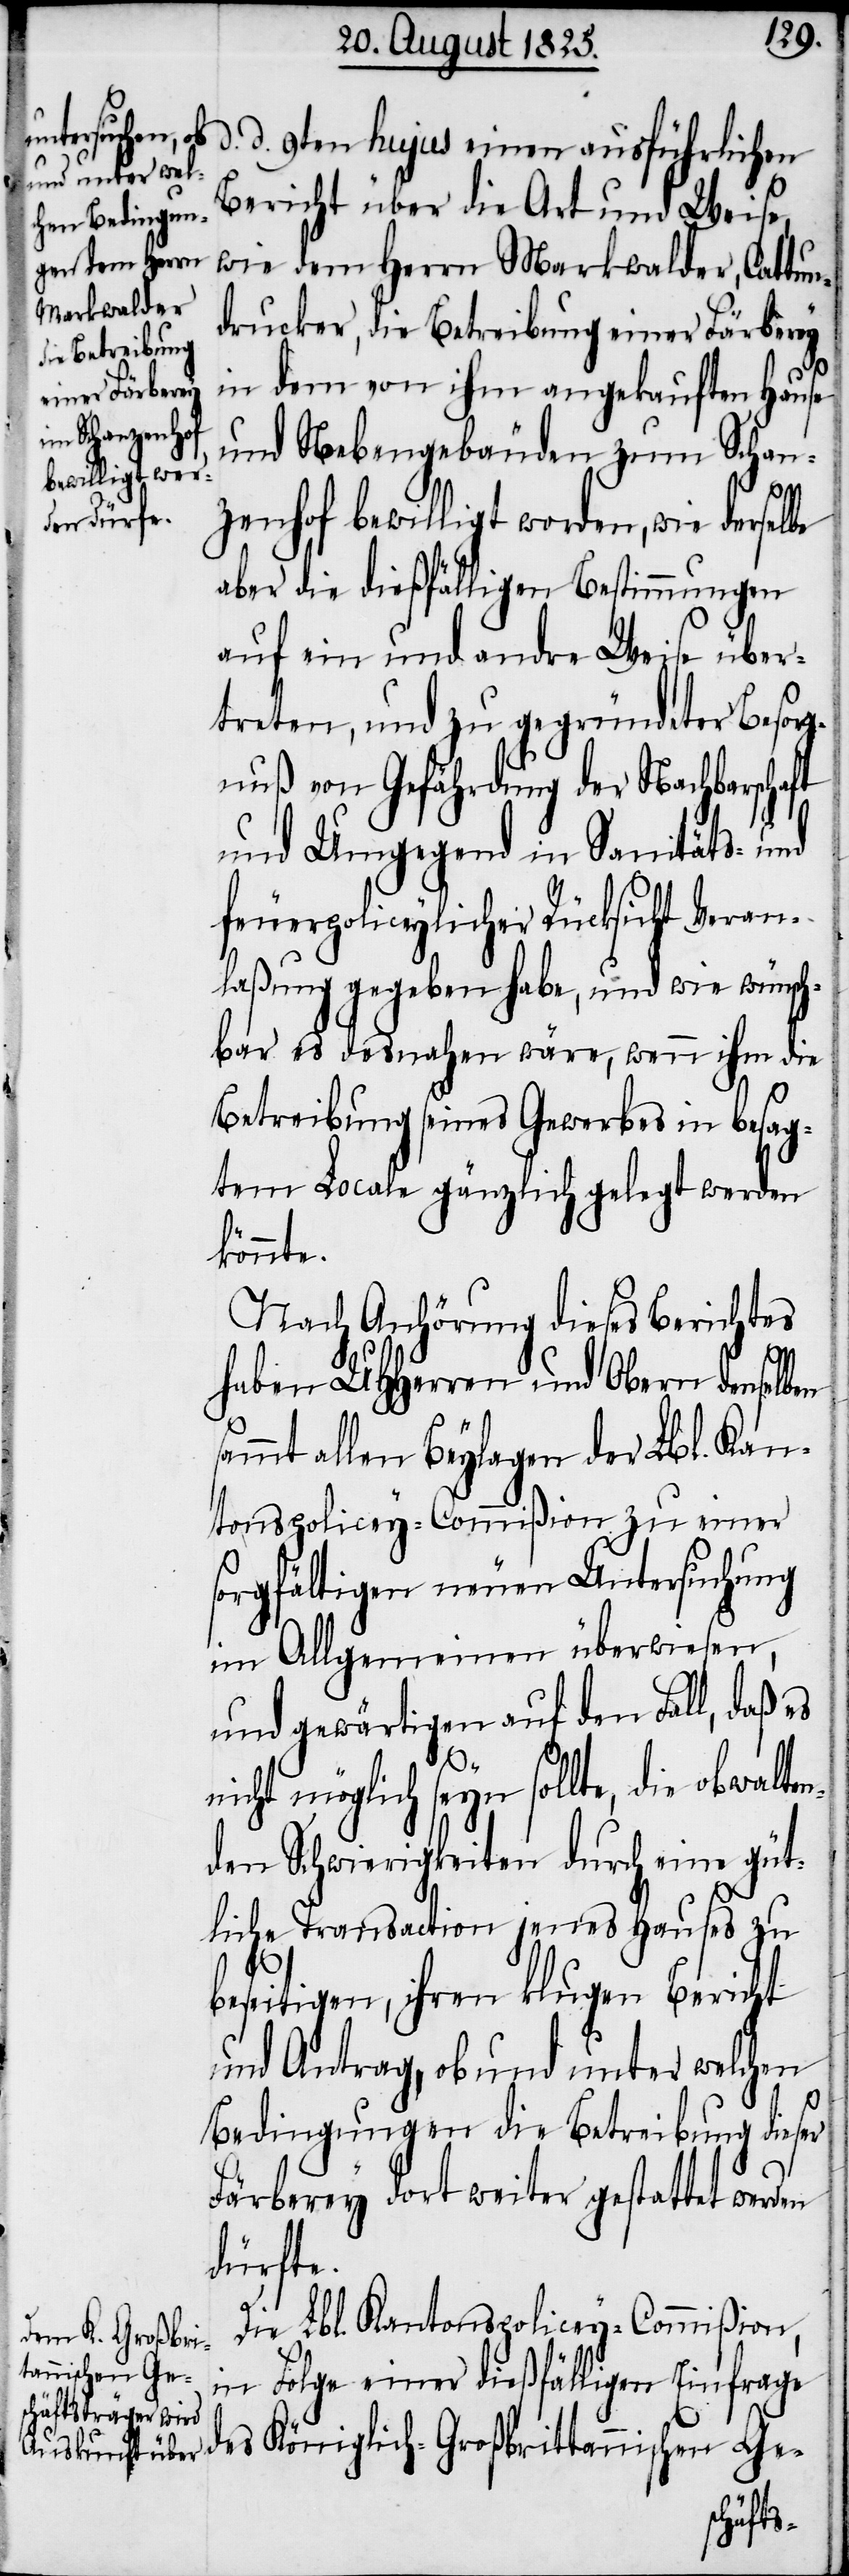
d. d. 9ten hujus einen ausführlichen
Bericht über die Art und Weise,
wie dem Herrn Markwalder, Cattun¬
drucker, die Betreibung einer Färberey
in dem von ihm angekauften Hause
und Nebengebäuden zum Schan¬
zenhof bewilligt worden, wie derselbe
aber die dießfälligen Bestimmungen
auf ein und andre Weise über¬
treten, und zu gegründeter Besorg¬
nuß von Gefährdung der Nachbarschaft
und Umgegend in Sanitäts- und
feuerpoliceylicher Rücksicht Veran¬
laßung gegeben habe, und wie wünsch¬
bar es desnahen wäre, wenn ihm die
Betreibung seines Gewerbes in besag¬
ten Locale gänzlich gelegt werden
könnte.
Nach Anhörung dieses Berichtes
haben UHherren und Obern denselben
sammt allen Beylagen der Lbl. Kan¬
tonspolicey-Commißion zu einer
sorgfältigen neuen Untersuchung
im Allgemeinen überwiesen,
und gewärtigen auf den Fall, daß es
nicht möglich seyn sollte, die obwalten¬
den Schwierigkeiten durch eine güt¬
liche Transaction jenes Hauses zu
beseitigen, ihren klugen Bericht
und Antrag, ob und unter welchen
Bindungen die Betreibung dieser
Färberey dort weiter gestattet werden
dürfte.
Die Lbl. Kantonspolicey-Commißion,
in Folge einer dießfälligen Einfrage
des Königlich-Großbritannischen Ge-